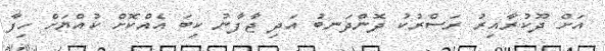
އަށް ދޫކުރާއިރު ރަސްރުކު ދޮންދަނބު އަދި ޖާފާނު ކިބަ އެއްކޮށް ކުއްޔަށް ހިފާ